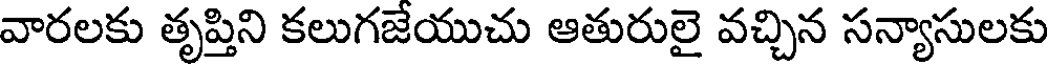
వారలకు తృప్తిని కలుగజేయుచు ఆతురులై వచ్చిన సన్యాసులకు